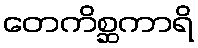
တေကိစ္ဆကာရိ